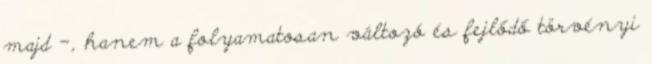
majd –, hanem a folyamatosan változó és fejlődő törvényi